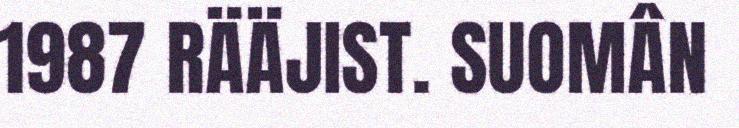
1987 RÄÄJIST. SUOMÂN